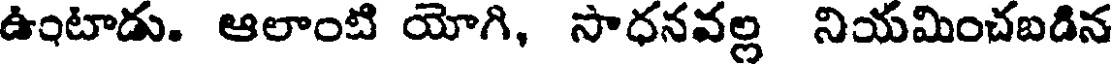
ఉంటాడు. ఆలాంటి యోగి, సాధనవల్ల నియమించబడిన